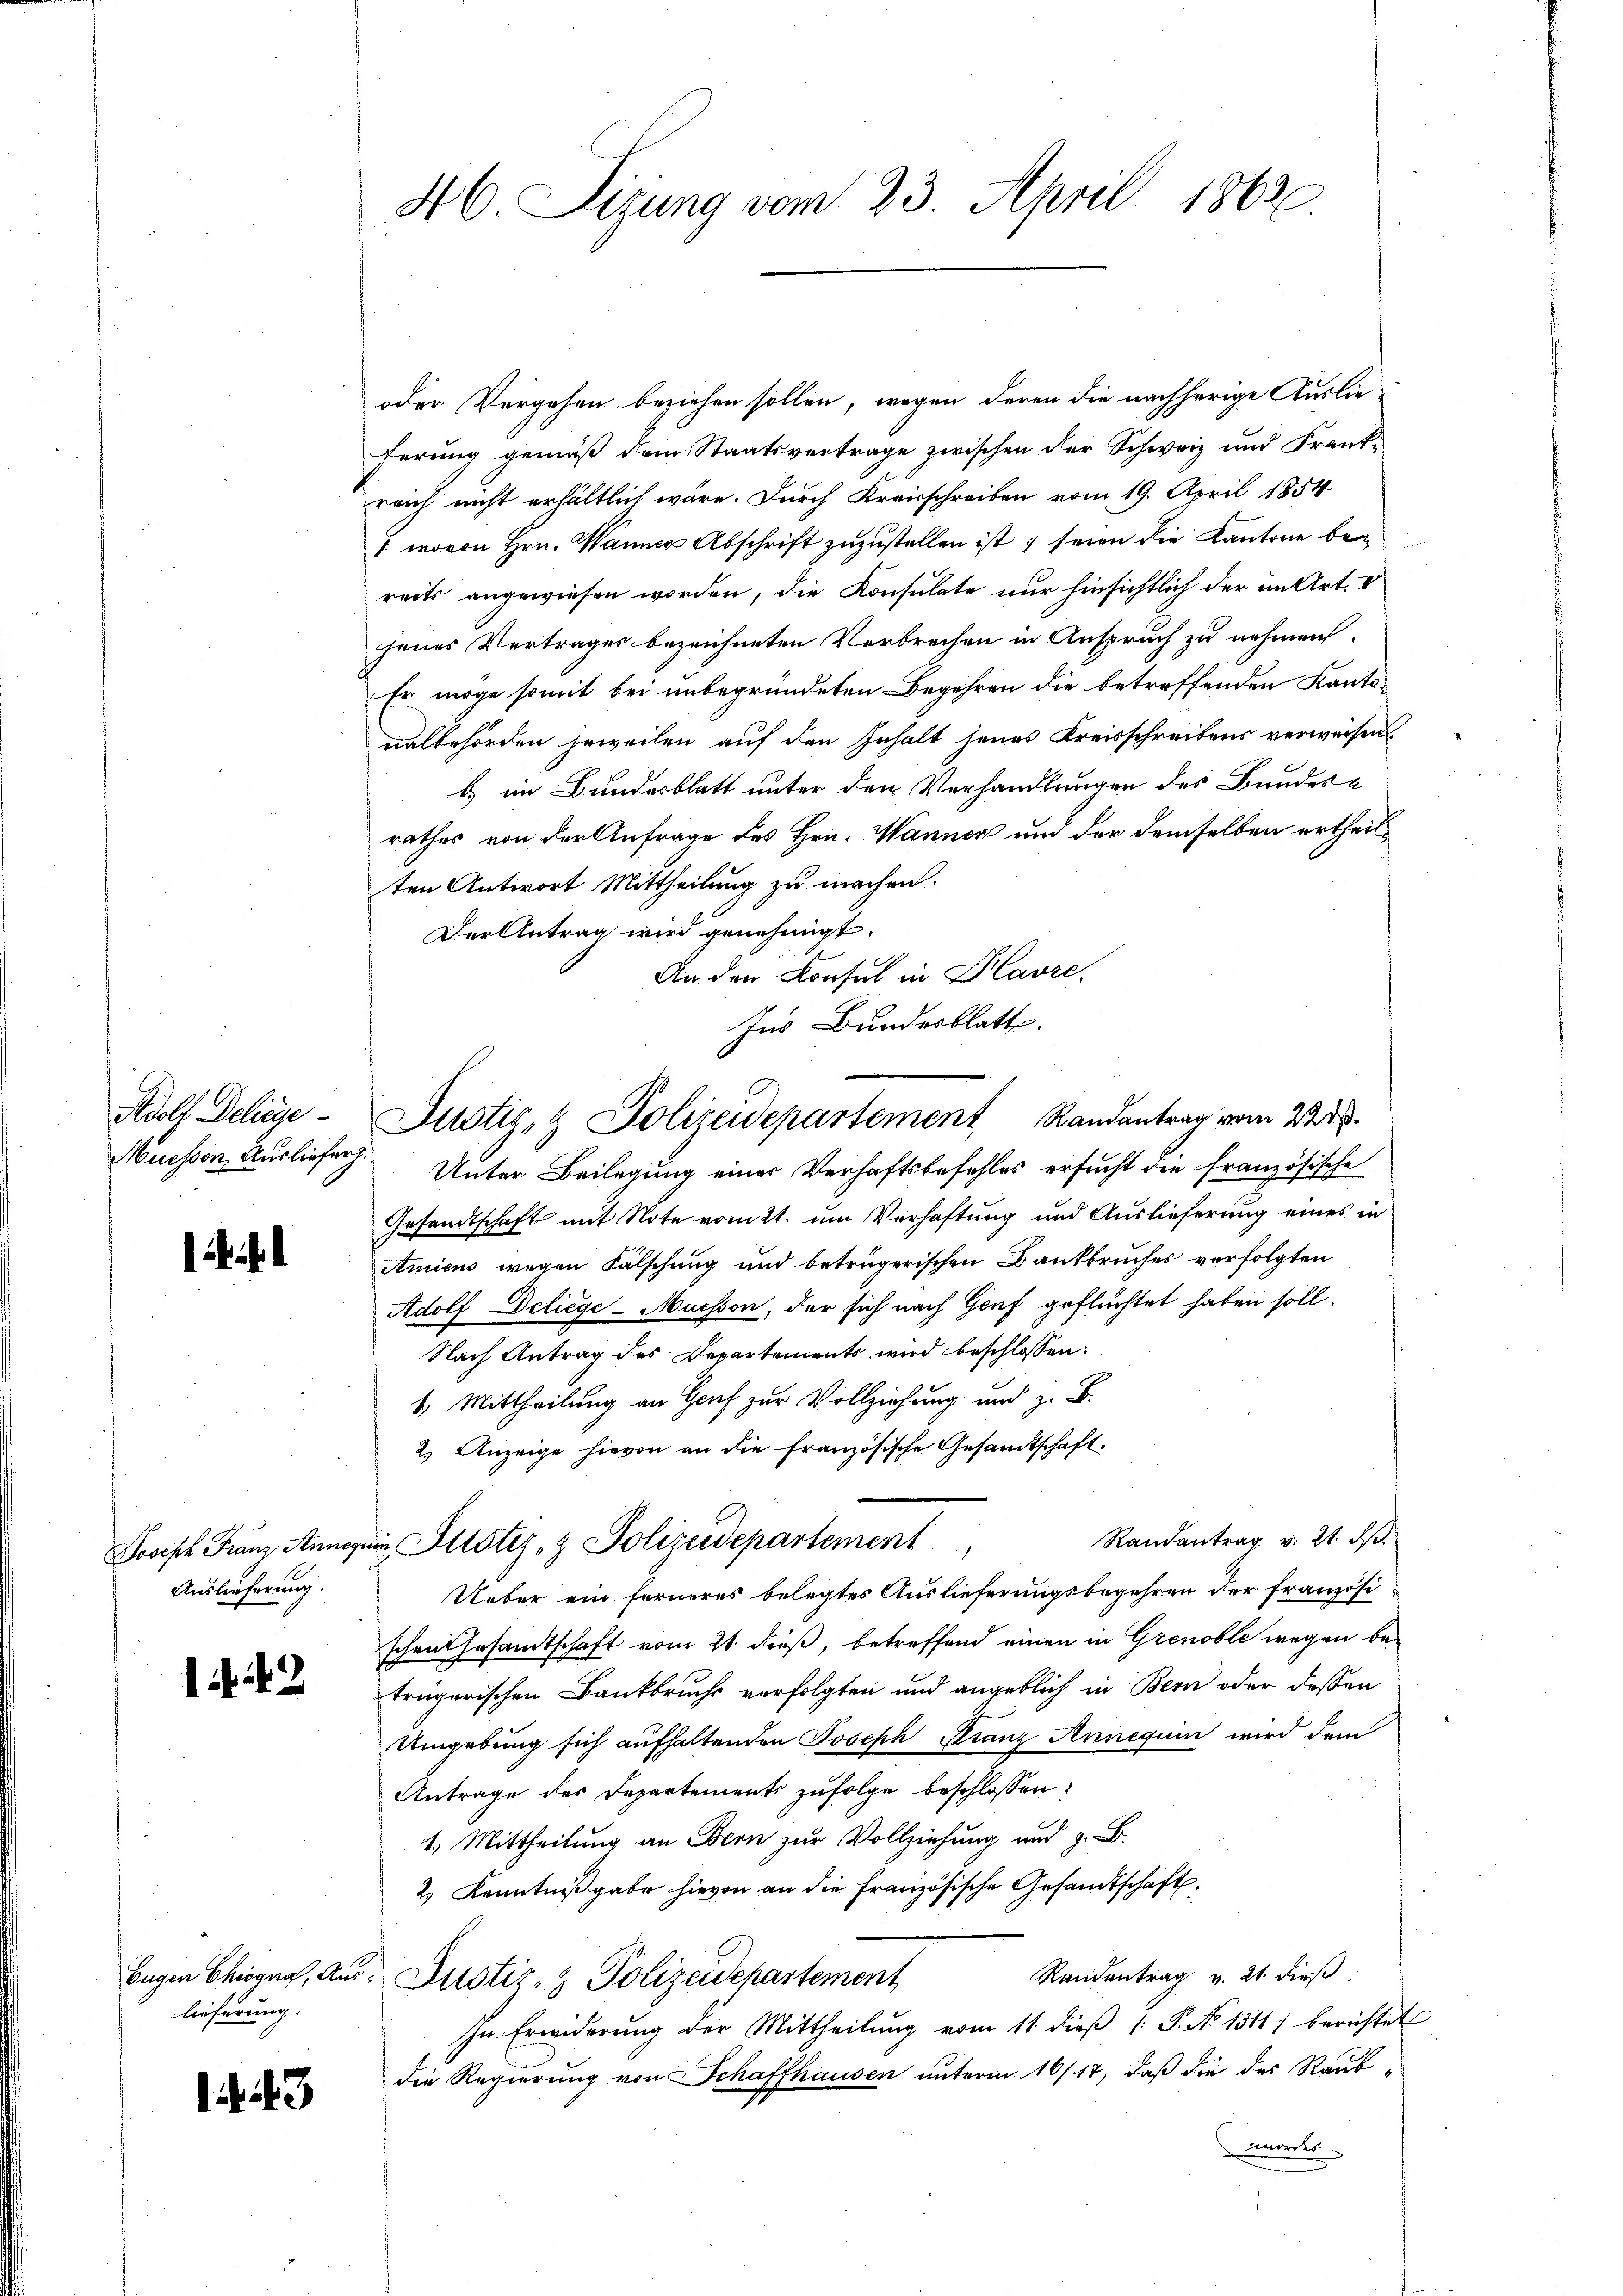
Adolf Delige
Muessen, Ausliefer.

1

Auslieferung.

1442

oder Vergehen beziehen sollen, wegen deren die nachherige Auslie-
ferung gemäß dem Staatsvertrage zwischen der Schweiz und Frank-
reich nicht erhältlich wäre. Durch Kreisschreiben vom 19. April 1854
7 wovon Hrn. Wanner Abschrift zuzustellen ist; seien die Kantone bereits angewiesen worden, die Konsulate nur hinsichtlich der im Art. V
jenes Vertrages bezeichneten Verbrechen in Anspruch zu nehmen.
Er möge somit bei unbegründeten Begehren die betreffenden Kantonalbehörden jeweilen auf den Inhalt jenes Kreisschreibens verweisen.
b im Bundesblatt unter den Verhandlungen des Bundes-
rathes von der Anfrage des Hrn. Wanner und der demselben ertheilten Antwort Mittheilung zu machen.
Der Antrag wird genehmigt.
An den Konsul in Havre,
Ins Bundesblatt.

lieferung.

43

46. Sizung vom 23. April 1862

Unter Beilegung einer Verhaftsbefehles ersucht die französische
Gesandtschaft mit Note vom 21. um Verhaftung und Auslieferung eines in
Amiens wegen Fälschung und betrügerischen Dankbruches verfolgten
Adolf Deliege-Mucsson, der sich nach Genf geflüchtet haben soll.
Nach Antrag des Departements wird beschlossen:
1. Mittheilung an Genf zur Vollziehung und z. B.
2.) Anzeige hievon an die französische Gesandtschaft.
Randantrag v. 21. ds.
Ueber ein ferneres belegtes Auslieferungsbegehren der französischen Gesandtschaft vom 21. dieß, betreffend einen in Grenoble wegen be-
trägerischen Bankbruchs verfolgten und angeblich in Bern oder dessen
Umgebung sich aufhaltenden Joseph Franz Annequen wird dem
Antrage des Departements zufolge beschlossen:
1. Mittheilung an Bern zur Vollziehung und z. B.
2 Kenntnißgabe hievon an die französische Gesandtschäft.
Randentrag v. 21. dieβ.
begen Chiegen, aus Justiz- & Polizeidepartement
In Erwiderŭng der Mittheilŭng vom 11. dieβ (: P. No 1311) berichtet
die Regierung von Schaffhausen unterm 16/17, daß die des Raubmordes

Justiz- & Polizeidepartement Randantrag vom W

Joseph Franz Annexii Altstiz- & Polizeidepartement,